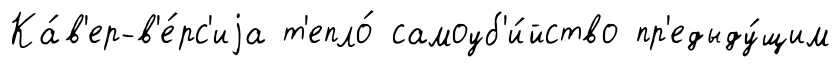
Ка́в'ер-в'е́рс'иjа т'епло́ самоуб'и́йство пр'едыду́щим